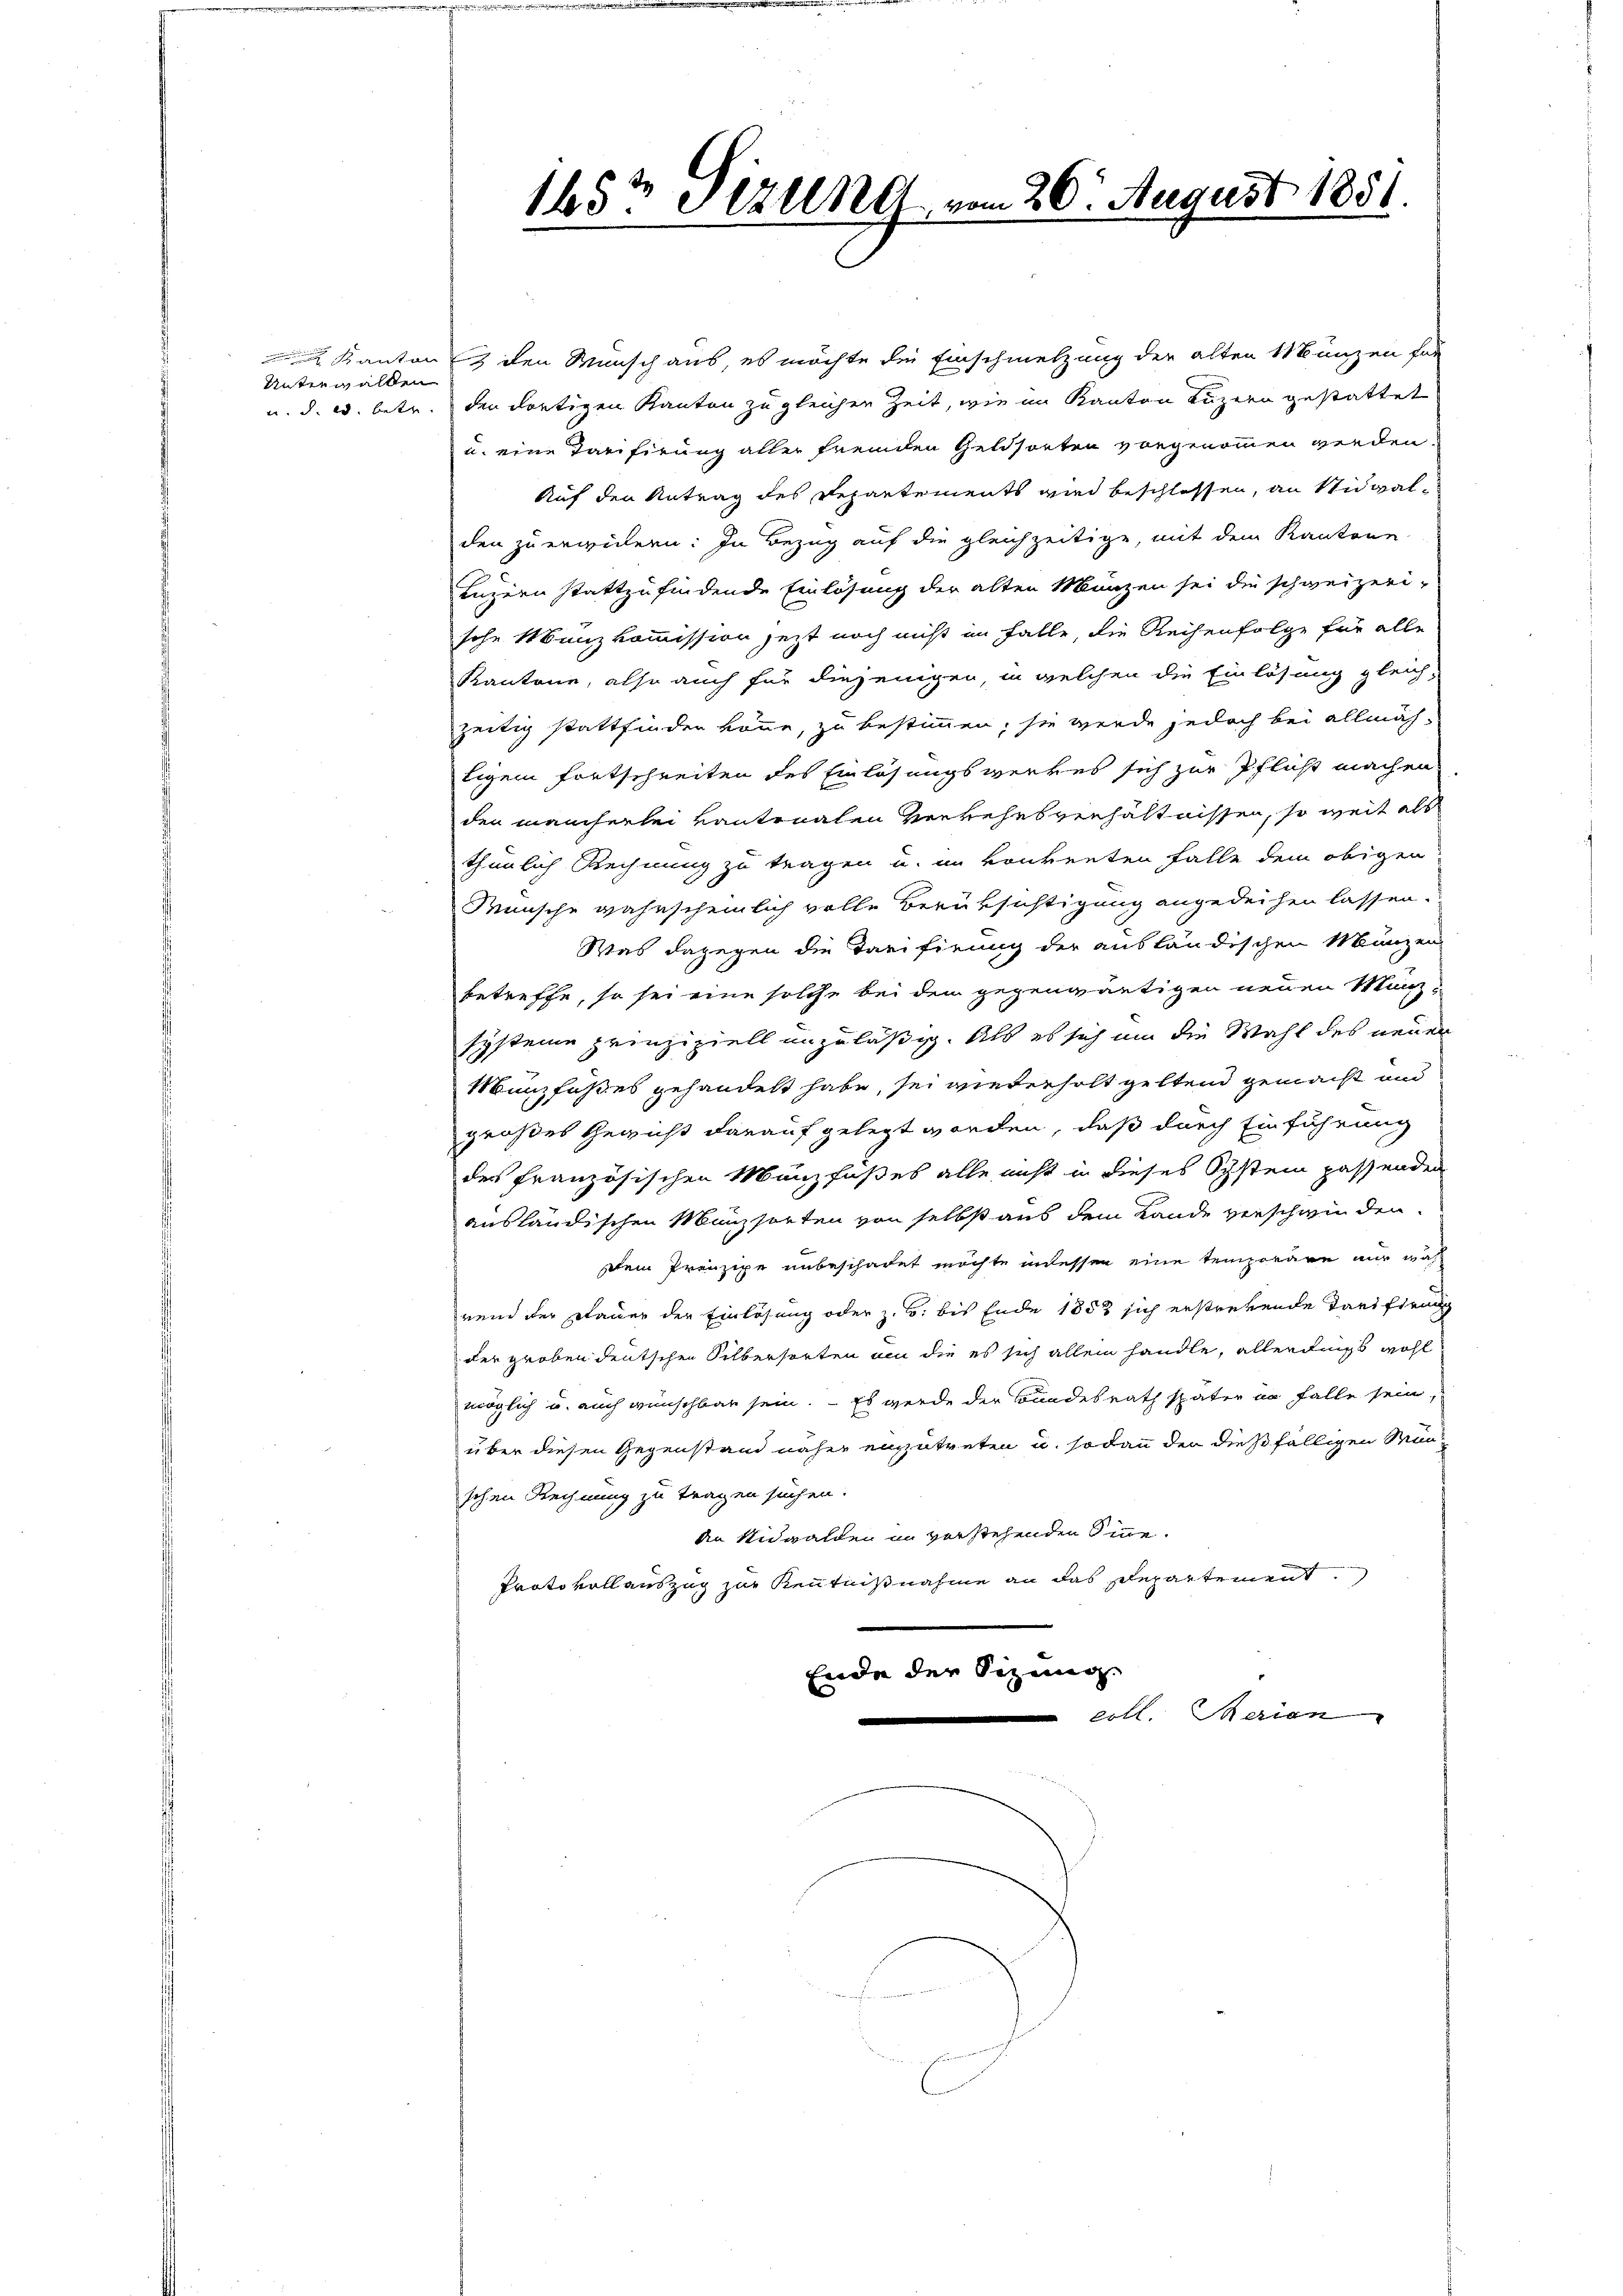
Unterwalden

Kanton den Wunsch aus, es möchte die Einschmelzung der alten Münzen for
u. d. w. betr. den dortigen Kanton zu gleicher Zeit, wie im Kanton Luzern gestattet
u. eine Tarifirung aller fremden Geldsorten vorgenommen werden,
Auf den Antrag des Departements wird beschlossen, an Nidwalden zu erwickern: In Bezug auf die gleichzeitige, mit dem Kantone
enzern stattzufindende Einlösung der alten Manzen sei die schweizerisohn Münzkommission jetzt noch nicht im Falle, die Reihenfolge für alle
Kantone, also auch für diejenigen, in welchen die Einlösung gleich-
zeitig stattfinden könne, zu bestimmen, sie werde jedoch bei allmäh-
tigem Fortschreiten des Einlösungswerkes sich zur Pflicht machen
den mancherlei Kantonalen Verkehrsverhältnissen, so weit als
thunlich Rechnung zu tragen u. im vonkenten Falle dem obigen
Wünsche wahrscheinlich volle Berüksichtigung angedeihen lassen.
Was dagegen die Tarifirung der ausländischen Münzen
betreffe, so sei eine solche bei dem gegenwärtigen neuen Münzsysteme prinzipiell unzuläßig. Als es sich um die Wahl des neuen
Münzfußes gehandelt habe, sei wiederholt geltend gemacht und
großes Gewicht darauf gelegt worden, daß durch Einführung
des französischen Mänzfußes alle nicht in dieses Schstein passenden
ausländischen Münzsorten von selbst aus dem Lande verschwinden.
Dein Prinzipe unbeschadet möchte in dessen eine temporäre nur während der Dauer der Einlösung oder z. B. bis Ende 1852 sich erstrekende Tarifirung
der groben deutschen Silbersorten um die es sich allein handle, allerdings wohl
möglich u. auch wünschbar sein. – Es werde der Bundesrath später in falle sein,
über diesen Gegenstand näher einzutreten u. sodann der dießfälligen Manschen Rechnung zu tragen suchen.
An Nidwalden in verstehenden Sinne.
Proto vollauszug zur Kenntnißnahme an das Departement
Ende der Sizung.
coll. Merien
.

1457 Stzung vom 20. August 1851.